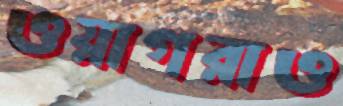
ওয়াগরাও